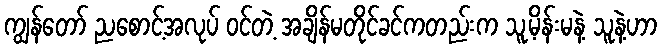
ကျွန်တော် ညစောင့်အလုပ် ဝင်တဲ့ အချိန်မတိုင်ခင်ကတည်းက သူ့မိန်းမနဲ့ သူနဲ့ဟာ